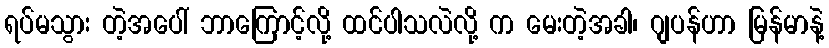
ရပ်မသွား တဲ့အပေါ် ဘာကြောင့်လို့ ထင်ပါသလဲလို့ က မေးတဲ့အခါ၊ ဂျပန်ဟာ မြန်မာနဲ့